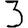
Digit: 3